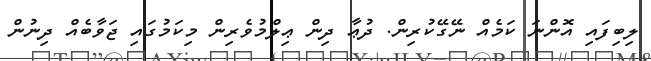
ލިބިފައި އޮންނަ ކަމެއް ނޭގޭކުރިން. ދުޢާ ދިން ޢިލްމުވެރިން މިކަމުގައި ޖަވާބެއް ދިނުން